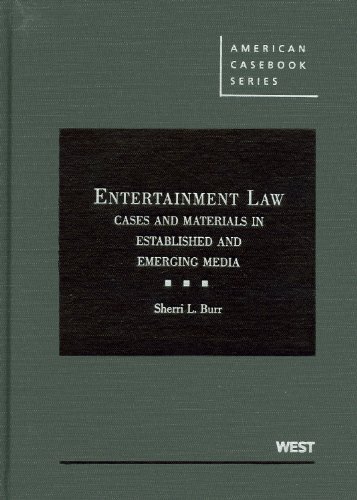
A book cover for Entertainment Law: Cases and Materials in Established and Emerging Media (American Casebook Series); Sherri Burr; Law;